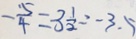
- \frac { 5 } { 4 } = 3 \frac { 1 } { 2 } = - 3 . 5